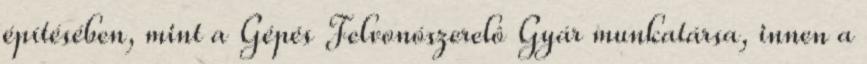
építésében, mint a Gépés Felvonószerelô Gyár munkatársa, innen a